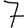
Digit: 7